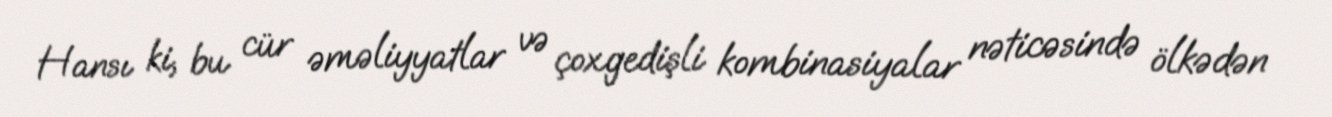
Hansı ki, bu cür əməliyyatlar və çoxgedişli kombinasiyalar nəticəsində ölkədən